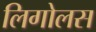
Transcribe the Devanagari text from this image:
लिगोलस